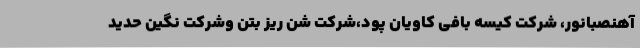
آهنصبانور، شرکت کیسه بافی کاویان پود،شرکت شن ریز بتن وشرکت نگین حدید